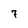
Character: 7